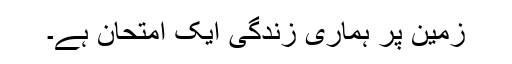
زمین پر ہماری زندگی ایک امتحان ہے۔